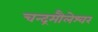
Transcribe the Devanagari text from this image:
चन्द्रमौलेश्वर